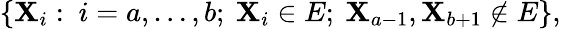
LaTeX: \{ \mathbf{X}_{i}:\ i=a,\dots,b;\ \mathbf{X}_{i}\in E;\ \mathbf{X}_{a-1},\mathbf{X}_{b+1}\not\in E\} ,